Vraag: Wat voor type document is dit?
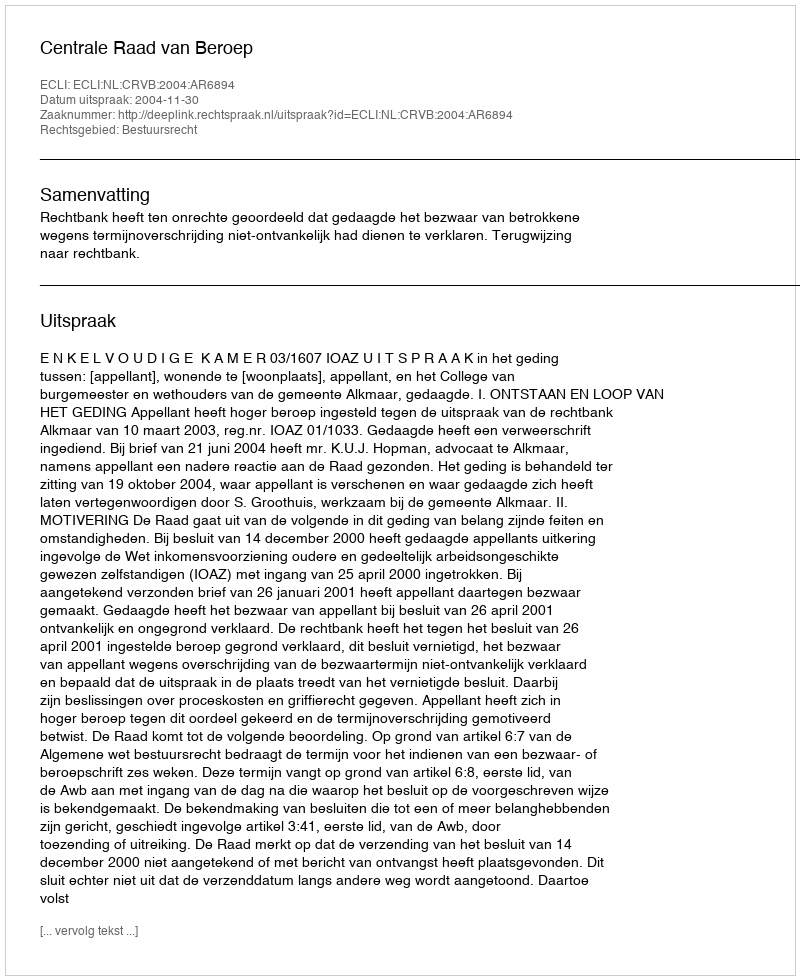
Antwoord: Uitspraak